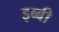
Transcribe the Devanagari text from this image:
इब्बी